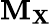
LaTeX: \mathbf{M}_{\mathbf{X}}